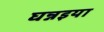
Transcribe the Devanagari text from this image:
घन्नइया